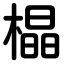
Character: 橸